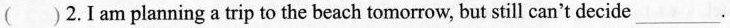
( )2.I am planning a trip to the beach tomorrow, but still can't decide___.